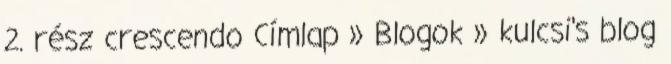
2. rész crescendo Címlap » Blogok » kulcsi's blog